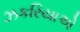
ઝકરિયાએ